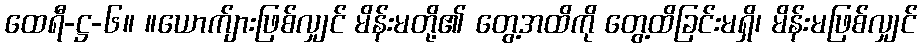
ထေရီ-ဋ္ဌ-၆။ ။ယောက်ျားဖြစ်လျှင် မိန်းမတို့၏ တွေ့အထိကို တွေ့ထိခြင်းမရှိ၊ မိန်းမဖြစ်လျှင်